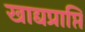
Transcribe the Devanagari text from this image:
खाद्यप्राप्ति